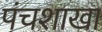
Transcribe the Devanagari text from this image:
पंचशाखा